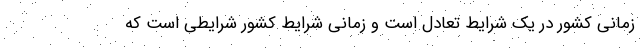
زمانی کشور در یک شرایط تعادل است و زمانی شرایط کشور شرایطی است که